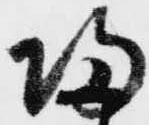
帰